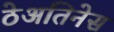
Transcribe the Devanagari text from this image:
ठेअतिनेस